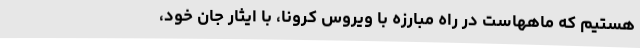
هستیم که ماههاست در راه مبارزه با ویروس کرونا، با ایثار جان خود،